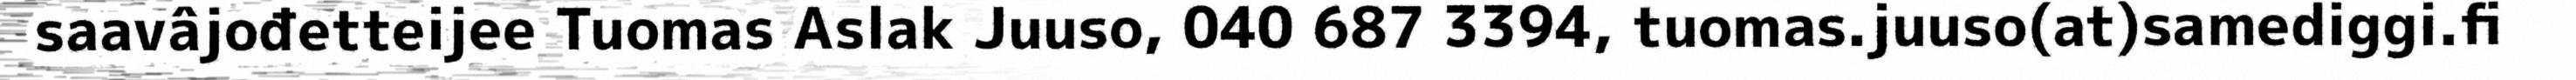
saavâjođetteijee Tuomas Aslak Juuso, 040 687 3394, tuomas.juuso(at)samediggi.fi